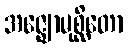
အဇ္ဈောမုစ္ဆိတော